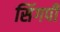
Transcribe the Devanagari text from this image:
सिंगपी